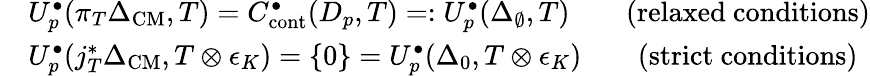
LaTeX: \begin{array}{r}{\begin{array}{rl}&{U_{p}^{\bullet}(\pi_{T}\Delta_{\mathrm{CM}},T)=C_{\mathrm{cont}}^{\bullet}(D_{p},T)=:U_{p}^{\bullet}(\Delta_{\emptyset},T)\qquad\mathrm{(relaxed~conditions)}}\\ &{U_{p}^{\bullet}(j_{T}^{*}\Delta_{\mathrm{CM}},T\otimes\epsilon_{K})=\{ 0\} =U_{p}^{\bullet}(\Delta_{0},T\otimes\epsilon_{K})\qquad\mathrm{(strict~conditions)}}\end{array}}\end{array}